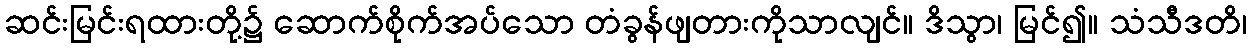
ဆင်းမြင်းရထားတို့၌ ဆောက်စိုက်အပ်သော တံခွန်ဖျတားကိုသာလျင်။ ဒိသွာ၊ မြင်၍။ သံသီဒတိ၊